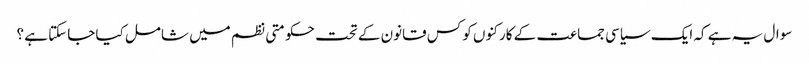
سوال یہ ہے کہ ایک سیاسی جماعت کے کارکنوں کو کس قانون کے تحت حکومتی نظم میں شامل کیا جاسکتا ہے ؟